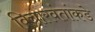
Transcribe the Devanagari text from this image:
विचारवंतांकडे